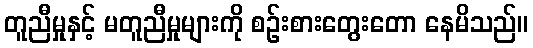
တူညီမှုနှင့် မတူညီမှုများကို စဉ်းစားတွေးတော နေမိသည်။